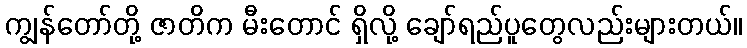
ကျွန်တော်တို့ ဇာတိက မီးတောင် ရှိလို့ ချော်ရည်ပူတွေလည်းများတယ်။